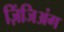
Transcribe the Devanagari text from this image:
ज़िंजिअंग